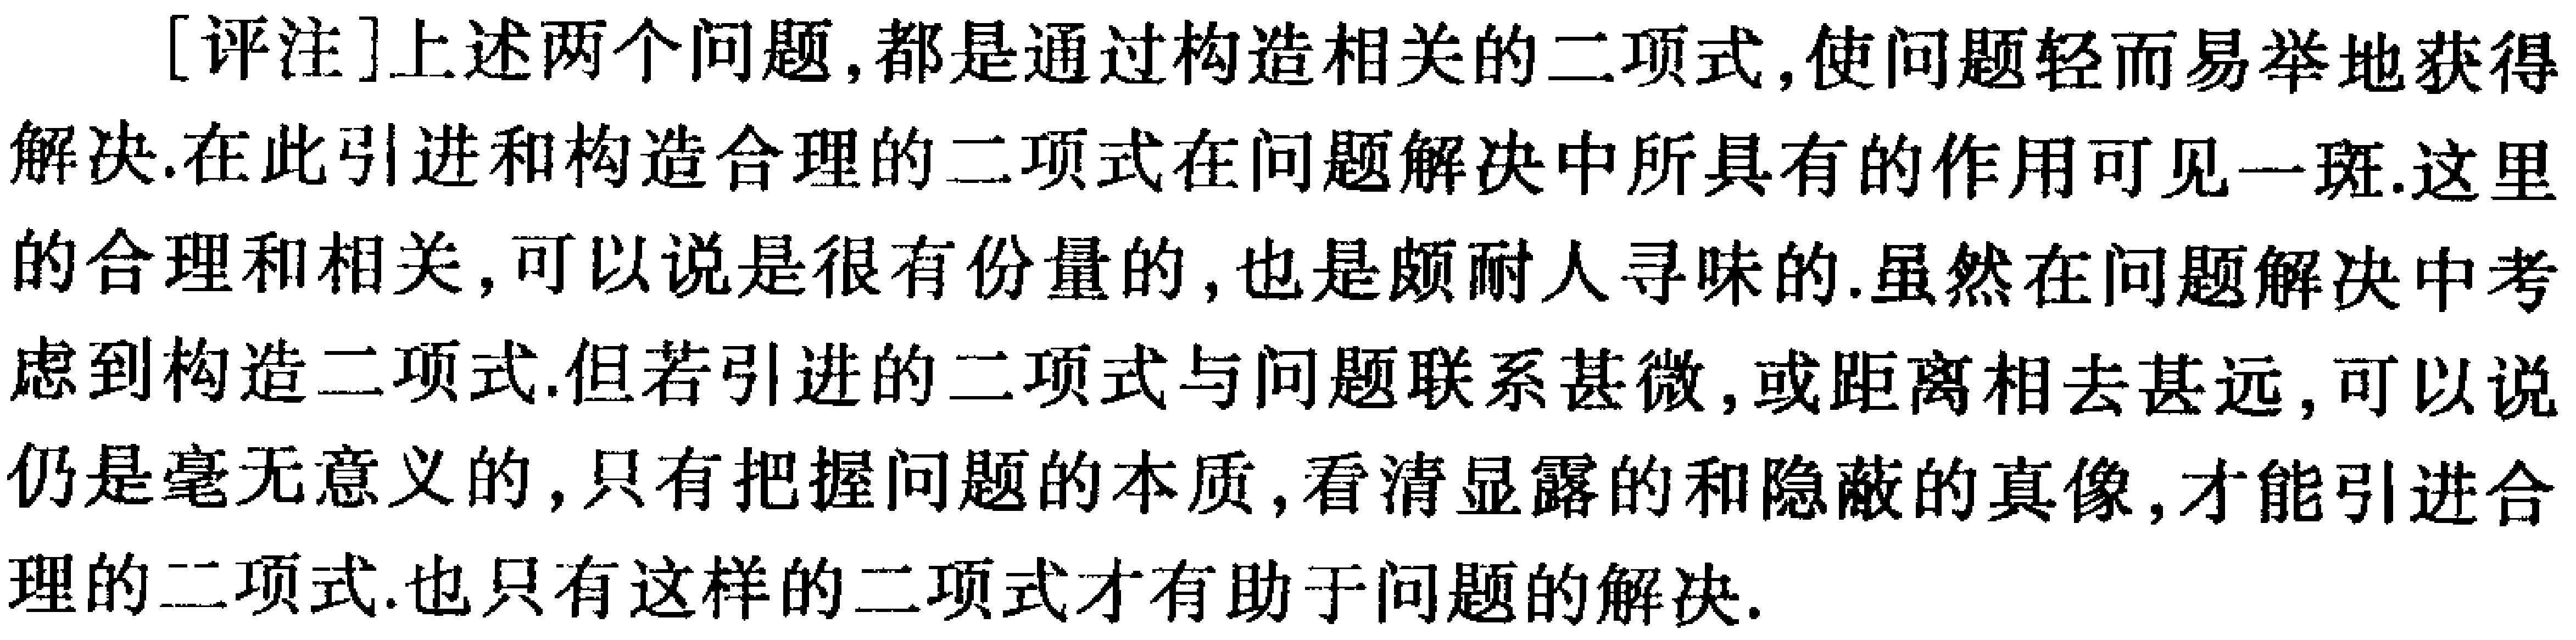
[评注]上述两个问题,都是通过构造相关的二项式,使问题轻而易举地获得解决.在此引进和构造合理的二项式在问题解决中所具有的作用可见一斑.这里的合理和相关,可以说是很有份量的,也是颇耐人寻味的.虽然在问题解决中考虑到构造二项式.但若引进的二项式与问题联系甚微,或距离相去甚远,可以说仍是毫无意义的,只有把握问题的本质,看清显露的和隐蔽的真像,才能引进合理的二项式.也只有这样的二项式才有助于问题的解决.